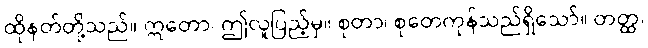
ထိုနတ်တို့သည်။ ဣတော၊ ဤလူပြည့်မှ။ စုတာ၊ စုတေကုန်သည်ရှိသော်။ တတ္ထ၊